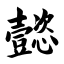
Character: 懿